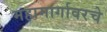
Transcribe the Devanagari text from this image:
महामार्गावरचे